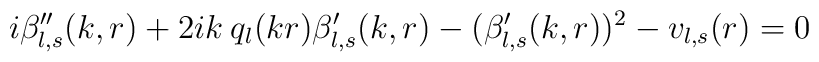
i\beta_{l,s}''(k,r)+2ik\:q_{l}(kr)\beta_{l,s}'(k,r)-(\beta_{l,s}'(k,r))^{2}-v_{l,s}(r)=0